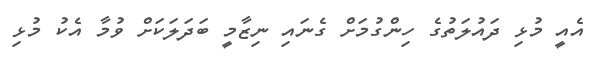
އެއީ މުޅި ދައުލަތުގެ ހިންގުމަށް ގެނައި ނިޒާމީ ބަދަލަކަށް ވުމާ އެކު މުޅި